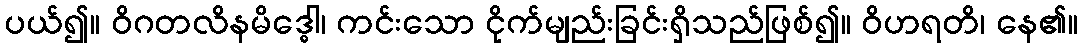
ပယ်၍။ ဝိဂတလိနမိဒ္ဓေါ၊ ကင်းသော ငိုက်မျည်းခြင်းရှိသည်ဖြစ်၍။ ဝိဟရတိ၊ နေ၏။